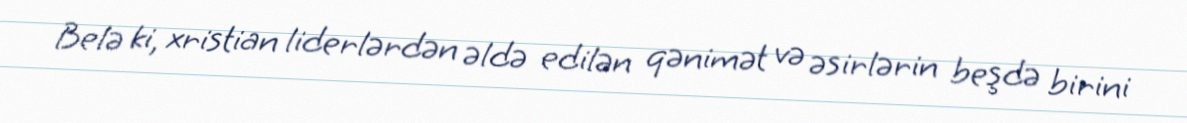
Belə ki, xristian liderlərdən əldə edilən qənimət və əsirlərin beşdə birini